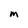
Character: M